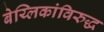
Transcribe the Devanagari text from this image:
बेय्लिकांविरुद्ध